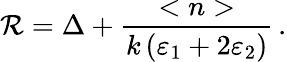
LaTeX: \mathcal{R}=\Delta+\frac{{<n>}}{{k\, (\varepsilon_{1}+2\varepsilon_{2})}}\, .